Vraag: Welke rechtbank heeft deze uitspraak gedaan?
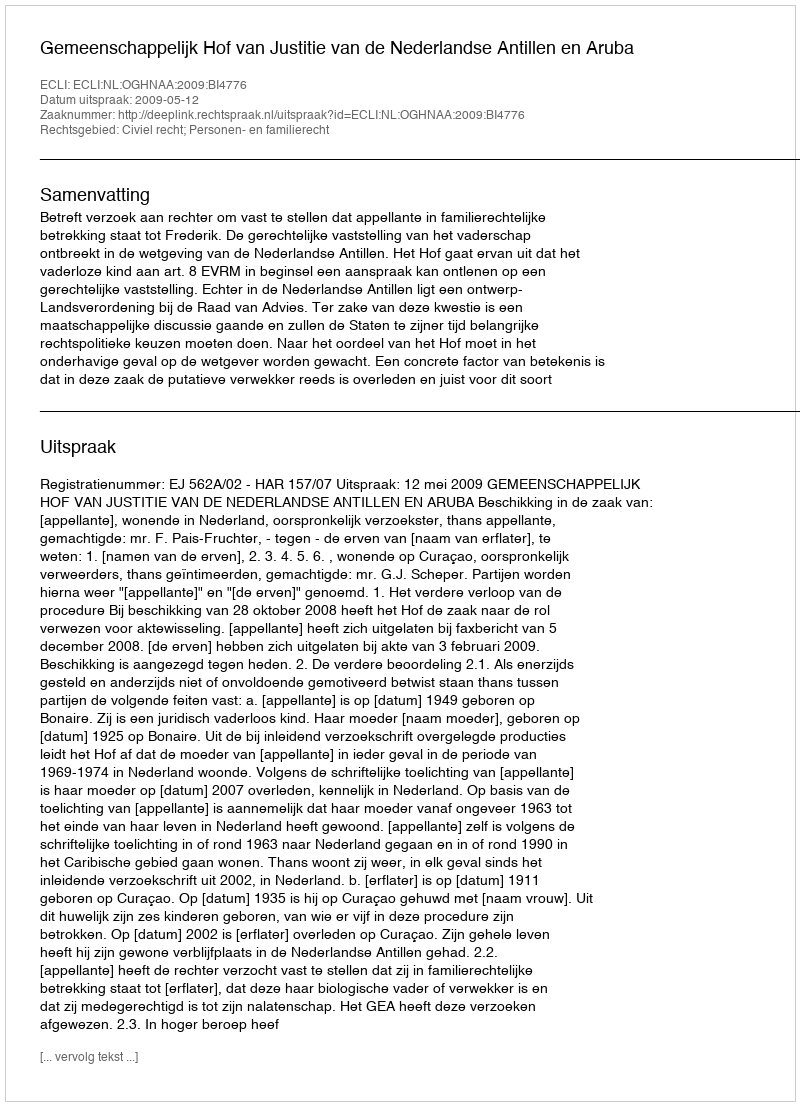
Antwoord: Gemeenschappelijk Hof van Justitie van de Nederlandse Antillen en Aruba